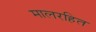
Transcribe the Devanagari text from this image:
मालरहित